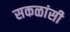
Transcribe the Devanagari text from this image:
सकळांसी